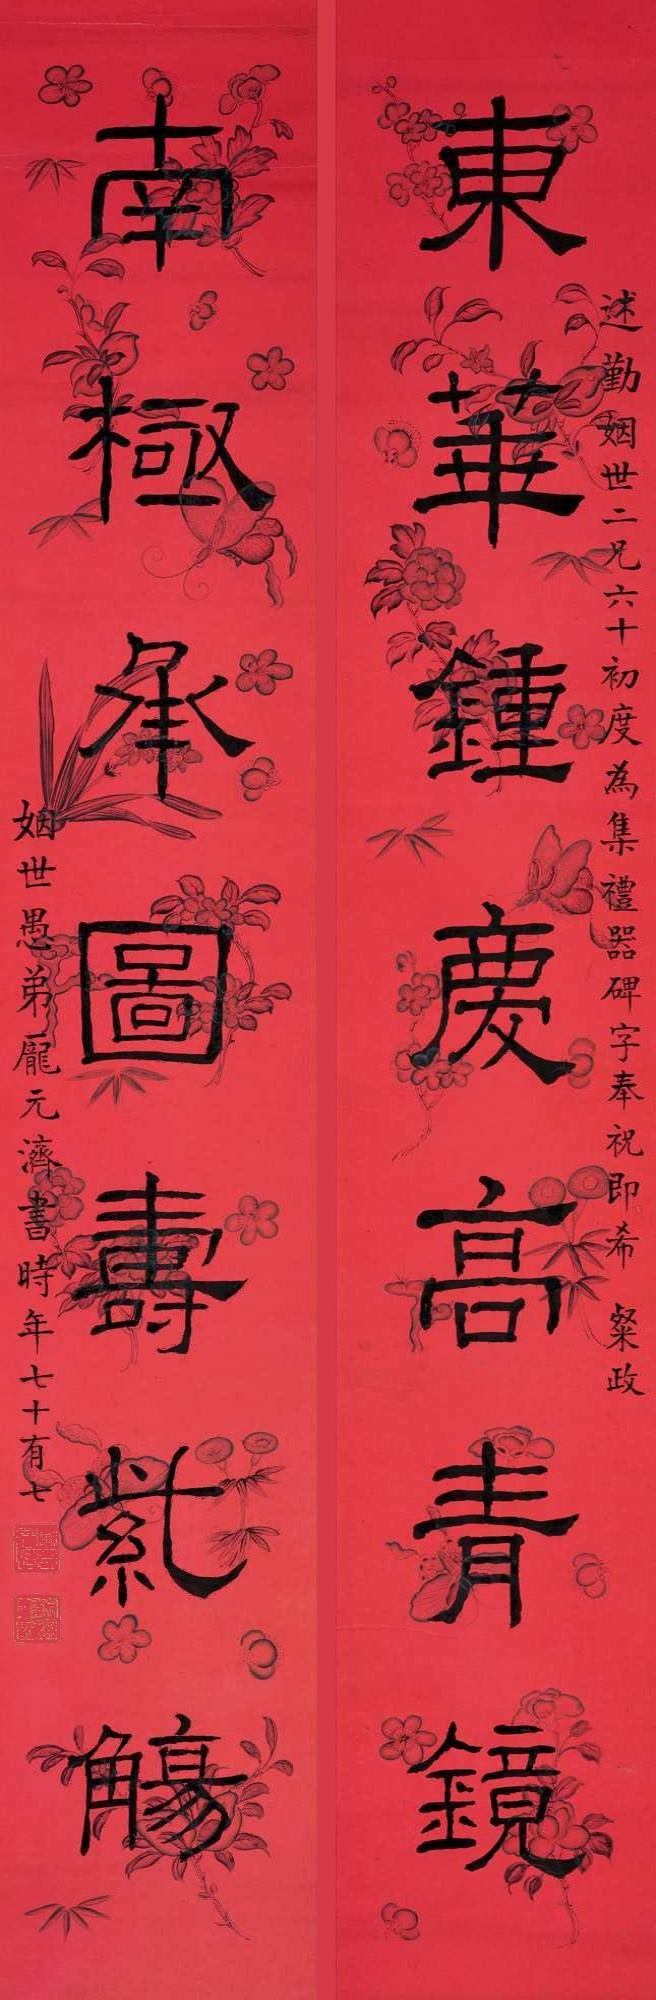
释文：东华钟庆高青镜，南极承图寿紫觞。述勤姻世二兄六十初度，为集礼器碑字奉祝，即希粲正。姻世愚弟庞元济书，时年七十有七。